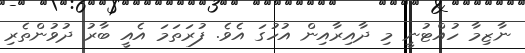
ނާޒިމާ ހުއްޓުނީ މި ދާއިރާއިން އުހުގަ އެވެ. ފުރަތަމަ އެއީ ބާރު ދުވުންތެރި